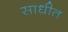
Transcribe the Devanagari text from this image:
साधीत